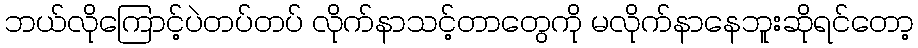
ဘယ်လိုကြောင့်ပဲတပ်တပ် လိုက်နာသင့်တာတွေကို မလိုက်နာနေဘူးဆိုရင်တော့